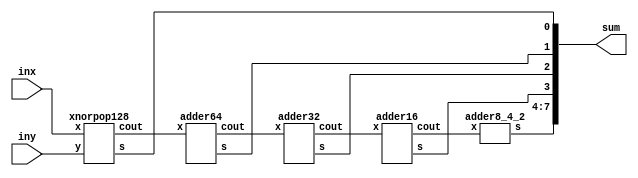
module popcount_mimic_circuit (inx, iny, sum);
	input [127:0] inx;
	input [127:0] iny;
	output [7:0] sum;	

    wire [63:0]cout_1;
    wire [31:0]cout_2;
    wire [15:0]cout_3;
    wire [7:0]cout_4;

    xnorpop128 xnorpop128 (.x(inx), .y(iny), .cout(cout_1), .s(sum[0]));
    adder64 adder64 (.x(cout_1), .cout(cout_2), .s(sum[1]));
    adder32 adder32 (.x(cout_2), .cout(cout_3), .s(sum[2]));
    adder16 adder16 (.x(cout_3), .cout(cout_4), .s(sum[3]));
    adder8_4_2 adder8 (.x(cout_4), .s(sum[7:4]));

/*
    wire [35:0] int_sum;
    wire [17:0] int_sum_2;
    
    wire [5:0] int_s0;
    wire [5:0] int_s1;

  genvar i;
  generate
  for (i=0; i<6; i=i+1) begin: xnorpop20	
	  xnorpop20 xnorpop20 (
      .x(inx[i*20+:20]),
      .y(iny[i*20+:20]), 
      .cout(int_sum[i*5+:5]),
      .s1(int_s1[i]),
      .s0(int_s0[i])
    );
  end
  endgenerate
  xnorpop8_s0s1 xnorpop8 (
    .x(inx[127:120]),
    .y(iny[127:120]),
    .int_s0(int_s0),
    .int_s1(int_s1), 
    .cout(int_sum[35:30]), 
    .s1(sum[1]),
    .s0(sum[0])
  );

  add32 add32 (.x(int_sum), .s2(sum[2]), .cout(int_sum_2));
  addall addall (.x(int_sum_2), .sum(sum[7:3]));
*/
endmodule

//////////////////////////////////////////////////////////////////////////////////////////
/*
  last bit of adder tree for a LAB

  takes the output from add32 and sums the rest up
*/

module addall_fa(x, sum);
  input [17:0]x;
  output [4:0]sum;

  genvar i;

  // first adder tree 18 -> 9
  wire [8:0]sum_1;
  wire [8:0]cout_1;
  full_adder_1bit f1_0 (
    .a(x[0]), .b(x[9]), .cin(1'b0),
    .s(sum_1[0]), .cout(cout_1[0])
  ); 
  generate
  for (i = 1; i < 9; i=i+1) begin: adder_1
    full_adder_1bit f1 (
      .a(x[i]), .b(x[i+9]), .cin(cout_1[i-1]),
      .s(sum_1[i]), .cout(cout_1[i])
    );
  end
  endgenerate
  assign sum[0] = cout_1[8];

  // second adder tree 9 -> 4
  wire [3:0]sum_2;
  wire [3:0]cout_2;
  full_adder_1bit f2_0 (
    .a(sum_1[0]), .b(sum_1[4]), .cin(sum_1[8]),
    .s(sum_2[0]), .cout(cout_2[0])
  ); 
  generate
  for (i = 1; i < 4; i=i+1) begin: adder_2
    full_adder_1bit f2 (
      .a(sum_1[i]), .b(sum_1[i+4]), .cin(cout_2[i-1]),
      .s(sum_2[i]), .cout(cout_2[i])
    );
  end
  endgenerate
  assign sum[1] = cout_2[3];
  
  // third adder tree 4 -> 2
  wire [1:0]sum_3;
  wire [1:0]cout_3;
  full_adder_1bit f3_0 (
    .a(sum_2[0]), .b(sum_2[2]), .cin(1'b0),
    .s(sum_3[0]), .cout(cout_3[0])
  ); 
  full_adder_1bit f3_1 (
    .a(sum_2[1]), .b(sum_2[3]), .cin(cout_3[0]),
    .s(sum_3[1]), .cout(cout_3[1])
  ); 
  assign sum[2] = cout_3[1];

  // last adder
  wire sum_4;
  wire cout_4;
  full_adder_1bit f4_0 (
    .a(sum_3[0]), .b(sum_3[1]), .cin(1'b0),
    .s(sum_4), .cout(cout_4)
  ); 
  assign sum[3] = cout_4;
  assign sum[4] = sum_4;
  
endmodule

module addall(x, sum);
  input [17:0]x;
  output [4:0]sum;

  wire [8:0]sum_1;
  assign {sum[0], sum_1} = x[8:0] + x[17:9];

  wire [3:0]sum_2; 
  assign {sum[1], sum_2} = sum_1[3:0] + sum_1[7:4] + sum_1[8];

  wire [1:0]sum_3;
  assign {sum[2], sum_3} = sum_2[1:0] + sum_2[3:2];

  assign sum[4:3] = sum_3[0] + sum[1];

  
endmodule

//////////////////////////////////////////////////////////////////////////////////////////

/*
  32-bit pop mimic function for a LAB
  
  s2 is the least significant bit (2nd least after XNOR-pop)
  cout are the same significance to be added up
*/

module add32_fa (x, s2, cout);
  input [35:0] x;
  output s2;
  output [17:0] cout;

  // x adder tree
  wire [17:0]sum_1;
  wire [17:0]cout_1;
	full_adder_1bit f_0 (
    .a(x[0]),
    .b(x[18]),
    .cin(1'b0),
    .s(sum_1[0]),
    .cout(cout_1[0])
  );
  genvar i;
  generate
  for (i = 1; i < 18; i=i+1) begin: adder
	  full_adder_1bit f (
      .a(x[i]),
      .b(x[i+18]),
      .cin(cout_1[i-1]),
      .s(sum_1[i]),
      .cout(cout_1[i])
    );
  end
  endgenerate

  assign s2 = cout_1[17];
  assign cout = sum_1;

endmodule

module add32 (x, s2, cout);
  input [35:0] x;
  output s2;
  output [17:0] cout;

  wire [17:0]sum_1;
  assign {s2, sum_1} = x[17:0] + x[35:18]; 
  assign cout = sum_1;

endmodule

//////////////////////////////////////////////////////////////////////////////////////////
/*
  8 XNOR-pop and extra adders for s0 and s1
*/
module xnorpop8_s0s1_fa (x, y, int_s0, int_s1, s0, s1, cout);
  input [7:0]x;
  input [7:0]y;
  input [5:0]int_s0;
  input [5:0]int_s1;
  output s0, s1;
  output [5:0]cout;

  genvar i;

  // XNOR input
  wire [13:0]xnor_out; // 6 more for int_s0 8 + 6
  assign xnor_out[7:0] = x ~^ y;
  assign xnor_out[13:8] = int_s0;

  // Sum first level
  wire [12:0]sum_1; // 6 more for int_s1 7 + 6
  wire [6:0]cout_1;
  full_adder_1bit f1_0 (
    .a(xnor_out[0]),
    .b(xnor_out[7]),
    .cin(1'b0),
    .s(sum_1[0]),
    .cout(cout_1[0])
  );
  generate
  for (i = 1; i < 7; i=i+1) begin: xnorpop_adder_1
    full_adder_1bit f1 (
      .a(xnor_out[i]),
      .b(xnor_out[i+7]),
      .cin(cout_1[i-1]),
      .s(sum_1[i]),
      .cout(cout_1[i])
    ); 
  end
  endgenerate

  assign s0 = cout_1[6];
  assign sum_1[12:7] = int_s1;

  // Sum second level
  wire [5:0]sum_2;
  wire [5:0]cout_2; 
  full_adder_1bit f2_0 (
    .a(sum_1[0]),
    .b(sum_1[6]),
    .cin(sum_1[12]),
    .s(sum_2[0]),
    .cout(cout_2[0])
  );
  generate
  for (i = 1; i < 6; i=i+1) begin: xnorpop_adder_2
    full_adder_1bit f2 (
      .a(sum_1[i]),
      .b(sum_1[i+6]),
      .cin(cout_2[i-1]),
      .s(sum_2[i]),
      .cout(cout_2[i])
    ); 
  end
  endgenerate
 
  assign s1 = cout_2[5];
  assign cout = sum_2;

endmodule

module xnorpop8_s0s1 (x, y, int_s0, int_s1, s0, s1, cout);
  input [7:0]x;
  input [7:0]y;
  input [5:0]int_s0;
  input [5:0]int_s1;
  output s0, s1;
  output [5:0]cout;

  wire [13:0]xnor_out;
  assign xnor_out[7:0] = x ~^ y;
  assign xnor_out[13:8] = int_s0;

  wire [12:0]sum_1;
  assign {s0, sum_1[6:0]}  = xnor_out[6:0] + xnor_out[13:7];
  assign sum_1[12:7] = int_s1;

  wire [5:0]sum_2;
  assign {s1, sum_2} = sum_1[5:0] + sum_1[11:0] + sum_1[12];
  assign cout = sum_2;


endmodule

//////////////////////////////////////////////////////////////////////////////////////////
/* 
	20 XNOR-pop mimic function for a LAB
  
  s0 is the least significant bit of sum
  s1 is the second least significant bit of sum
  cout are the same significance to be summed up by next module
*/
module xnorpop20_fa (x, y, s0, s1, cout);
	input [19:0]x;
	input [19:0]y;
	output s0, s1;
	output [4:0]cout;

  genvar i;
	
	// Should fit into 5 ALM (half of LAB)
	wire [19:0]xnor_out;
	assign xnor_out = x ~^ y;

  // Sum first level	
	wire [9:0]sum_1;
  wire [9:0]cout_1;
	full_adder_1bit f1_0 (
    .a(xnor_out[0]),
    .b(xnor_out[10]),
    .cin(1'b0),
    .s(sum_1[0]),
    .cout(cout_1[0])
  );
  generate
  for (i = 1; i < 10; i=i+1) begin: xnorpop_adder_1 
	  full_adder_1bit f1 (
      .a(xnor_out[i]),
      .b(xnor_out[i+10]),
      .cin(cout_1[i-1]),
      .s(sum_1[i]),
      .cout(cout_1[i])
    );
  end
  endgenerate

  assign s0 = cout_1[9];

	// Should use the other half of LAB
  // Sum second level
  wire [4:0]sum_2;
	wire [4:0]cout_2;

	full_adder_1bit f2_0 (
    .a(sum_1[0]),
    .b(sum_1[5]),
    .cin(1'b0),
    .s(sum_2[0]),
    .cout(cout_2[0])
  );
  generate 
  for (i = 1; i < 5; i=i+1) begin: xnorpop_adder_2  
	  full_adder_1bit f2 (
      .a(sum_1[i]),
      .b(sum_1[i+5]),
      .cin(cout_2[i-1]),
      .s(sum_2[i]),
      .cout(cout_2[i])
    );
  end
  endgenerate

  assign s1 = cout_2[4];
  assign cout = sum_2;
	
endmodule

//////////////////////////////////////////////////////////////////////////////////////////

module xnorpop20 (x, y, s0, s1, cout);
	input [19:0]x;
	input [19:0]y;
	output s0;
	output s1;
	output [4:0]cout;
	
	wire[19:0]xnor_out;
	wire [9:0]sum_out;
	
	// Should fit into 5 ALM (half of LAB)
	assign xnor_out = x ~^ y;
  assign {s0, sum_out} = xnor_out[9:0] + xnor_out[19:10];

	// Should use the other half of LAB
  assign {s1, cout} = sum_out[4:0] + sum_out[9:5];

endmodule

//////////////////////////////////////////////////////////////////////////////////////////
/* 
	128 XNOR-pop mimic function for a LAB
 
*/
module xnorpop128_fa (x, y, s, cout);
	input [127:0]x;
	input [127:0]y;
	output s;
	output [63:0]cout;

  genvar i;
	
	// Should fit into 5 ALM (half of LAB)
	wire [127:0]xnor_out;
	assign xnor_out = x ~^ y;

  // Sum first level	
	wire [63:0]sum_1;
    wire [63:0]cout_1;
    
    full_adder_1bit f1_0 (
        .a(xnor_out[0]),
        .b(xnor_out[64]),
        .cin(1'b0),
        .s(sum_1[0]),
        .cout(cout_1[0])
    );
    generate
    for (i = 1; i < 64; i=i+1) begin: xnorpop_adder_1 
    full_adder_1bit f1 (
        .a(xnor_out[i]),
        .b(xnor_out[i+64]),
        .cin(cout_1[i-1]),
        .s(sum_1[i]),
        .cout(cout_1[i])
    );
    end
  endgenerate

  assign s = cout_1[63];
  assign cout = sum_1;
	
endmodule

module adder64_fa (x, s, cout);
	input [63:0]x;
	output s;
	output [31:0]cout;

  genvar i;

  // Sum first level	
	wire [31:0]sum_1;
    wire [31:0]cout_1;
    
    full_adder_1bit f1_0 (
        .a(x[0]),
        .b(x[32]),
        .cin(1'b0),
        .s(sum_1[0]),
        .cout(cout_1[0])
    );
    generate
    for (i = 1; i < 32; i=i+1) begin: xnorpop_adder_1 
    full_adder_1bit f1 (
        .a(x[i]),
        .b(x[i+32]),
        .cin(cout_1[i-1]),
        .s(sum_1[i]),
        .cout(cout_1[i])
    );
    end
  endgenerate

  assign s = cout_1[31];
  assign cout = sum_1;
	
endmodule

module adder32_fa (x, s, cout);
	input [31:0]x;
	output s;
	output [15:0]cout;

  genvar i;

  // Sum first level	
	wire [15:0]sum_1;
    wire [15:0]cout_1;
    
    full_adder_1bit f1_0 (
        .a(x[0]),
        .b(x[16]),
        .cin(1'b0),
        .s(sum_1[0]),
        .cout(cout_1[0])
    );
    generate
    for (i = 1; i < 16; i=i+1) begin: xnorpop_adder_1 
    full_adder_1bit f1 (
        .a(x[i]),
        .b(x[i+16]),
        .cin(cout_1[i-1]),
        .s(sum_1[i]),
        .cout(cout_1[i])
    );
    end
  endgenerate

  assign s = cout_1[15];
  assign cout = sum_1;
	
endmodule

module adder16_fa (x, s, cout);
	input [15:0]x;
	output s;
	output [7:0]cout;

  genvar i;

  // Sum first level	
	wire [7:0]sum_1;
    wire [7:0]cout_1;
    
    full_adder_1bit f1_0 (
        .a(x[0]),
        .b(x[8]),
        .cin(1'b0),
        .s(sum_1[0]),
        .cout(cout_1[0])
    );
    generate
    for (i = 1; i < 8; i=i+1) begin: xnorpop_adder_1 
    full_adder_1bit f1 (
        .a(x[i]),
        .b(x[i+8]),
        .cin(cout_1[i-1]),
        .s(sum_1[i]),
        .cout(cout_1[i])
    );
    end
  endgenerate

  assign s = cout_1[7];
  assign cout = sum_1;
	
endmodule

module adder8_4_2_fa (x, s);
	input [7:0]x;
	output [3:0]s;

  genvar i;

  // Sum first level	
	wire [3:0]sum_1;
    wire [3:0]cout_1;
    
    full_adder_1bit f1_0 (
        .a(x[0]),
        .b(x[4]),
        .cin(1'b0),
        .s(sum_1[0]),
        .cout(cout_1[0])
    );
    generate
    for (i = 1; i < 4; i=i+1) begin: xnorpop_adder_1 
    full_adder_1bit f1 (
        .a(x[i]),
        .b(x[i+4]),
        .cin(cout_1[i-1]),
        .s(sum_1[i]),
        .cout(cout_1[i])
    );
    end
  endgenerate

    assign s[0] = cout_1[3];
  
    wire [1:0]sum_2;
    wire [1:0]cout_2;
    
    full_adder_1bit f2_0 (.a(sum_1[0]), .b(sum_1[2]), .cin(1'b0), .s(sum_2[0]), .cout(cout_2[0]));
    full_adder_1bit f2_1 (.a(sum_1[1]), .b(sum_1[3]), .cin(cout_2[0]), .s(sum_2[1]), .cout(cout_2[1]));

    assign s[1] = cout_2[1];

    wire sum_3;
    wire cout_3;
    
    full_adder_1bit f3_0 (.a(sum_2[0]), .b(sum_2[1]), .cin(1'b0), .s(sum_3), .cout(cout_3));

    assign s[2] = cout_3;
    assign s[3] = sum_3;
	
endmodule

//////////////////////////////////////////////////////////////////////////////////////////
/* 
	128 XNOR-pop mimic function for a LAB
 
*/
module xnorpop128 (x, y, s, cout);
	input [127:0]x;
	input [127:0]y;
	output s;
	output [63:0]cout;

  genvar i;
	
	// Should fit into 5 ALM (half of LAB)
	wire [127:0]xnor_out;
	assign xnor_out = x ~^ y;

  assign {s, cout} = xnor_out[127:64] + xnor_out[63:0];
	
endmodule

module adder64 (x, s, cout);
	input [63:0]x;
	output s;
	output [31:0]cout;

  assign {s, cout} = x[63:32] + x[31:0];
  	
endmodule

module adder32 (x, s, cout);
	input [31:0]x;
	output s;
	output [15:0]cout;

  assign {s, cout} = x[31:16] + x[15:0];
	
endmodule

module adder16 (x, s, cout);
	input [15:0]x;
	output s;
	output [7:0]cout;

  assign {s, cout} = x[15:8] + x[7:0];
	
endmodule

module adder8_4_2 (x, s);
	input [7:0]x;
	output [3:0]s;

  genvar i;

  // Sum first level	
	wire [3:0]sum_1;

    assign {s[0], sum_1} = x[7:4] + x[3:0];
  
    wire [1:0]sum_2;
   
    assign {s[1], sum_2} = sum_1[3:2] + sum_1[1:0];

    wire sum_3;
   
    assign {s[2], s[3]} = sum_2[0] + sum_2[1];
	
endmodule

//////////////////////////////////////////////////////////////////////////////////////////

module full_adder_1bit(
  input a, b, cin,
  output s, cout);

  //assign {s, cout} = a + b + cin;
  assign {cout, s} = a + b + cin;

endmodule

/* 
	20 XNOR-pop mimic function for a LAB
	Instead of s0 and s1 being sums, it will be cout0 and cout1
	Instead of cout, it will be sums
		
*/
module xnorpop20_old (x, y, s0, s1, cout);
	input [19:0]x;
	input [19:0]y;
	output s0;
	output s1;
	output [4:0]cout;
	
	wire[19:0]xnor_out;
	wire [9:0]sum_out;
	
	// Should fit into 5 ALM (half of LAB)
	assign xnor_out = x ~^ y;
  assign {s0, sum_out} = xnor_out[9:0] + xnor_out[19:10];

	// Should use the other half of LAB
  assign {s1, cout} = sum_out[4:0] + sum_out[9:5];
  /*
    Other methods trying to force carry chain
  */  
	//wire [4:0]cs_sin;
	//wire [4:0]cs_cin;
  //assign {cout_temp[0], cout[0]} = sum_out[0] + sum_out[1];
  //assign {cout_temp[1], cout[1]} = sum_out[2] + sum_out[3] + cout_temp[0];
  //assign {cout_temp[2], cout[2]} = sum_out[4] + sum_out[5] + cout_temp[1];
  //assign {cout_temp[3], cout[3]} = sum_out[6] + sum_out[7] + cout_temp[2];
  //assign {s1, cout[4]} = sum_out[8] + sum_out[9] + cout_temp[3];

	//full_adder f0 (.a(sum_out[0]), .b(sum_out[1]), .cin(1'b0), .s(cs_sin[0]), .cout(cs_cin[0]));
	//full_adder f1 (.a(sum_out[2]), .b(sum_out[3]), .cin(cout_temp[0]), .s(cs_sin[1]), .cout(cs_cin[1]));
	//full_adder f2 (.a(sum_out[2]), .b(sum_out[3]), .cin(cout_temp[1]), .s(cs_sin[2]), .cout(cs_cin[2]));
	//full_adder f3 (.a(sum_out[2]), .b(sum_out[3]), .cin(cout_temp[2]), .s(cs_sin[3]), .cout(cs_cin[3]));
	//full_adder f4 (.a(sum_out[2]), .b(sum_out[3]), .cin(cout_temp[3]), .s(cs_sin[4]), .cout(cs_cin[4]));
	
	//assign {cs_cin[0], cs_sin[0]} = sum_out[0] + sum_out[1];
	//assign {cs_cin[1], cs_sin[1]} = sum_out[2] + sum_out[3] + cout_temp[0];
	//assign {cs_cin[2], cs_sin[2]} = sum_out[4] + sum_out[5] + cout_temp[1];
	//assign {cs_cin[3], cs_sin[3]} = sum_out[6] + sum_out[7] + cout_temp[2];
	//assign {cs_cin[4], cs_sin[4]} = sum_out[8] + sum_out[9] + cout_temp[3];

	//carry_sum c0 (.sin(cs_sin[0]), .cin(cs_cin[0]), .sout(cout[0]), .cout(cout_temp[0]));
	//carry_sum c1 (.sin(cs_sin[1]), .cin(cs_cin[1]), .sout(cout[1]), .cout(cout_temp[1]));
	//carry_sum c2 (.sin(cs_sin[2]), .cin(cs_cin[2]), .sout(cout[2]), .cout(cout_temp[2]));
	//carry_sum c3 (.sin(cs_sin[3]), .cin(cs_cin[3]), .sout(cout[3]), .cout(cout_temp[3]));
	//carry_sum c4 (.sin(cs_sin[4]), .cin(cs_cin[4]), .sout(cout[4]), .cout(s1));
	
endmodule